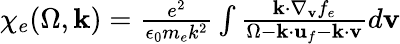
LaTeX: \begin{array}{r}{\chi_{e}(\Omega,\mathbf{k})=\frac{e^{2}}{\epsilon_{0}m_{e}k^{2}}\int\frac{\mathbf{k}\cdot\nabla_{\mathbf{v}}f_{e}}{\Omega-\mathbf{k}\cdot\mathbf{u}_{f}-\mathbf{k}\cdot\mathbf{v}}d\mathbf{v}}\end{array}